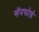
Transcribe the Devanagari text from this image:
सॅनफोर्ड